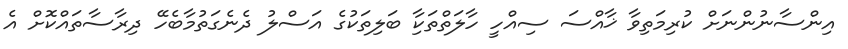
އިންސާނުންނަށް ކުރިމަތިވާ ޚާއްސަ ސިއްހީ ހާލަތްތަކާި ބަލިތަކުގެ އަސްލު ދެނެގަތުމާބެހޭ ދިރާސާތައްކޮށް އެ